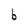
Character: b